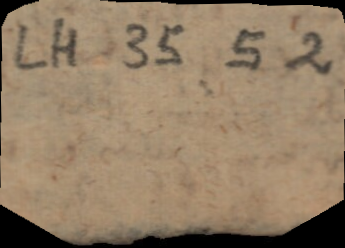
LH 35 5 2